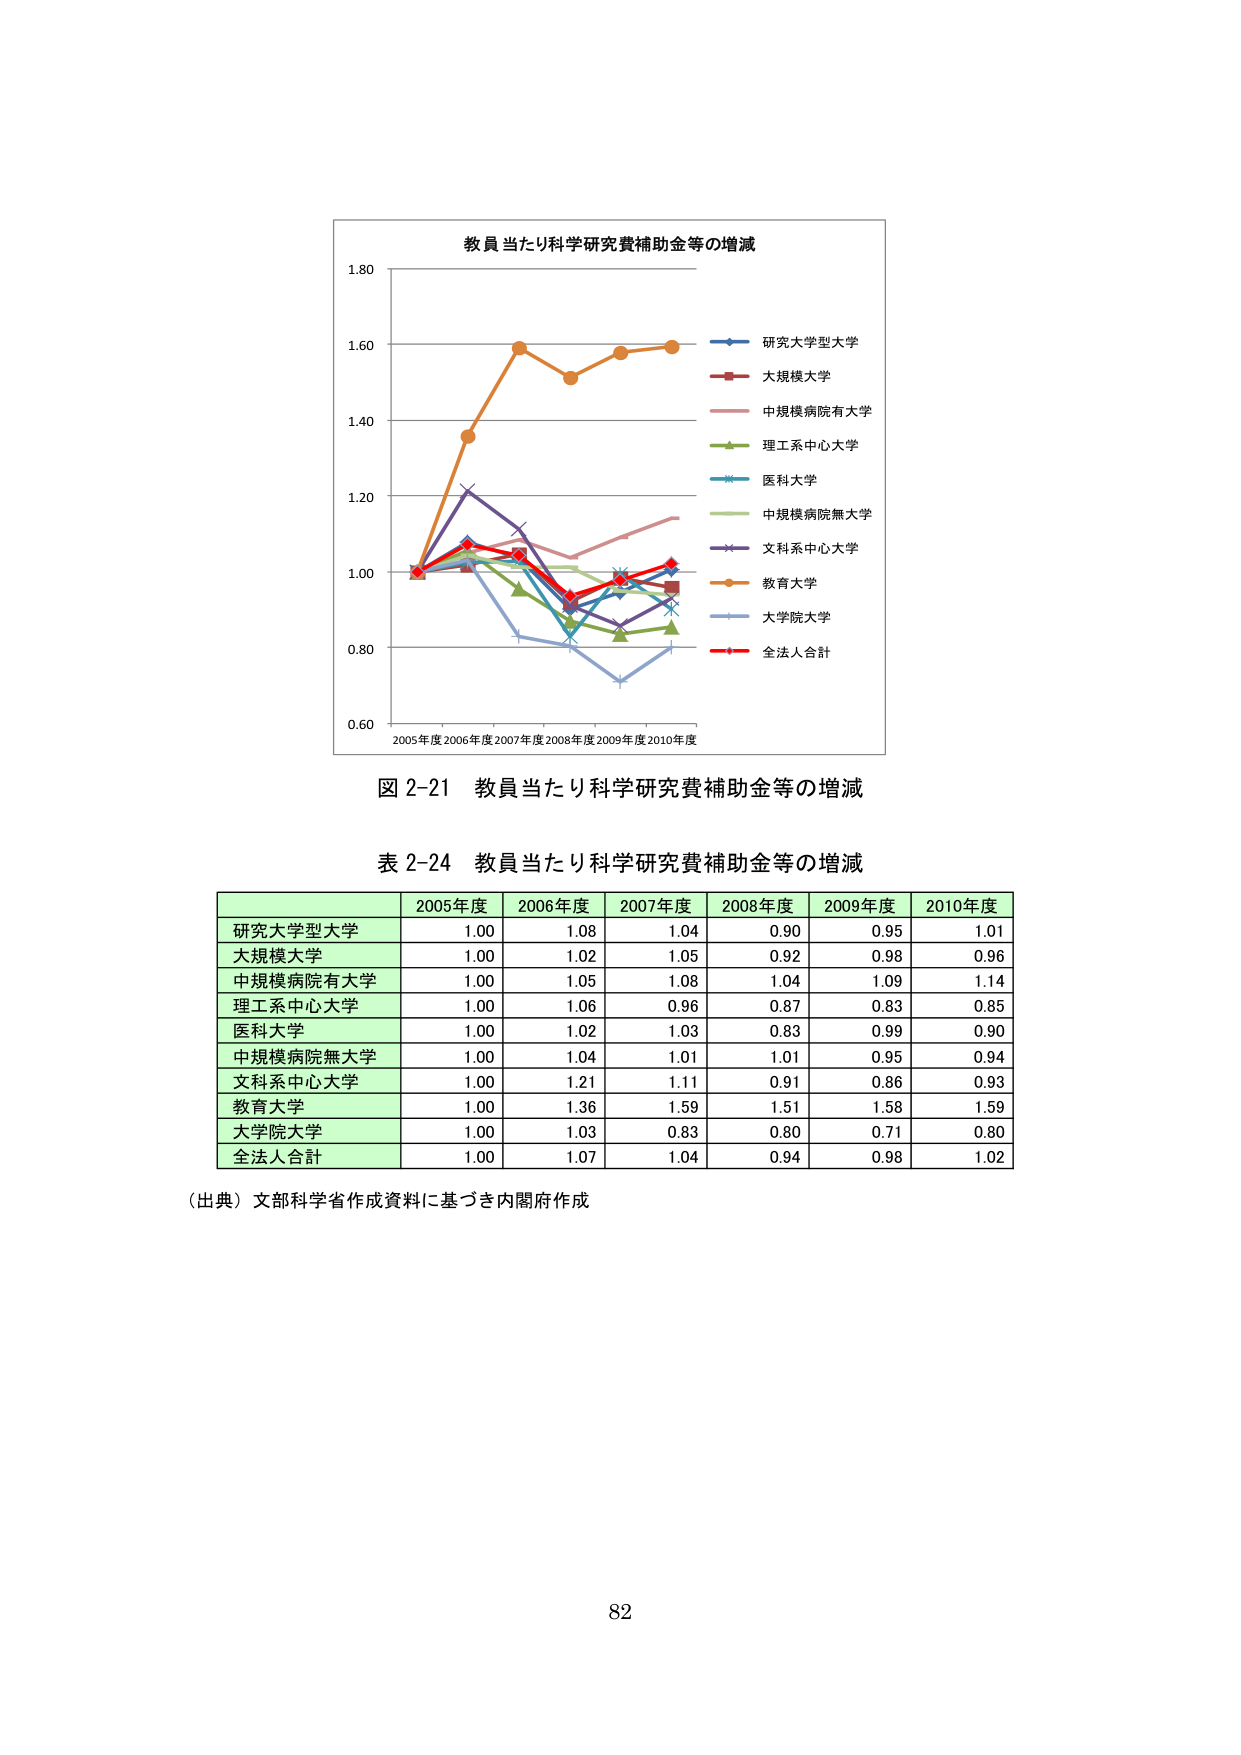
教員当たり科学研究費補助金等の増減
1.80
1.60
研究大学型大学
大規模大学
中規模病院有大学
理工系中心大学
医科大学
中規模病院無大学
文科系中心大学
教育大学
大学院大学
全法人合計
1.40
1.20
1.00
0.80
0.60
2005年度 2006年度 2007年度 2008年度 2009年度 2010年度
図 2-21 教員当たり科学研究費補助金等の増減
表 2-24 教員当たり科学研究費補助金等の増減
2005年度 2006年度 2007年度 2008年度 2009年度 2010年度
研究大学型大学 1.00 1.08 1.04 0.90 0.95 1.01
大規模大学 1.00 1.02 1.05 0.92 0.98 0.96
中規模病院有大学 1.00 1.05 1.08 1.04 1.09 1.14
理工系中心大学 1.00 1.06 0.96 0.87 0.83 0.85
医科大学 1.00 1.02 1.03 0.83 0.99 0.90
中規模病院無大学 1.00 1.04 1.01 1.01 0.95 0.94
文科系中心大学 1.00 1.21 1.11 0.91 0.86 0.93
教育大学 1.00 1.36 1.59 1.51 1.58 1.59
大学院大学 1.00 1.03 0.83 0.80 0.71 0.80
全法人合計 1.00 1.07 1.04 0.94 0.98 1.02
（出典）文部科学省作成資料に基づき内閣府作成
82